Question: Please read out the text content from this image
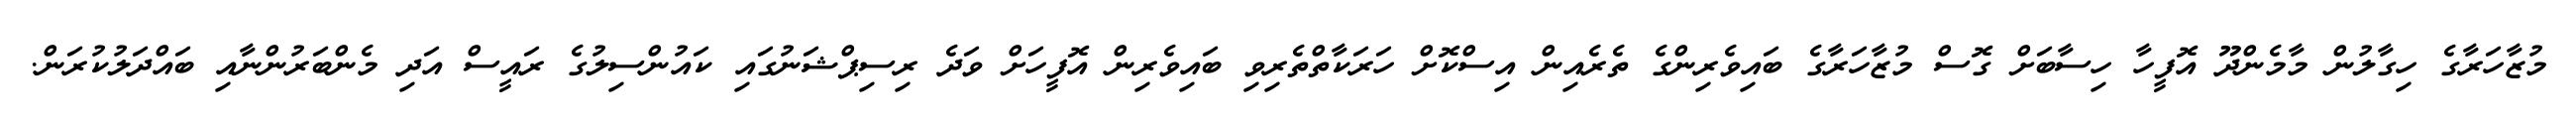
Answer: މުޒާހަރާގެ ހިގާލުން މާމެންދޫ އޮފީހާ ހިސާބަށް ގޮސް މުޒާހަރާގެ ބައިވެރިންގެ ތެރެއިން އިސްކޮށް ހަރަކާތްތެރިވި ބައިވެރިން އޮފީހަށް ވަދެ ރިސިޕްޝަނުގައި ކައުންސިލުގެ ރައީސް އަދި މެންބަރުންނާއި ބައްދަލުކުރަން.